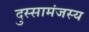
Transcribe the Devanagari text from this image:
दुस्सामंजस्य